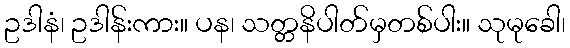
ဥဒါနံ၊ ဥဒါန်းကား။ ပန၊ သတ္တနိပါတ်မှတစ်ပါး။ သုမုခေါ၊